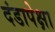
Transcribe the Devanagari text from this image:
दंडापेक्षा